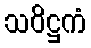
သဝိဋ္ဌကံ